Vital statistics of India. Vol. IV, Annual returns from 1871 to 1876. British Army of India, Native Army and jails of Bengal
Year: 1871
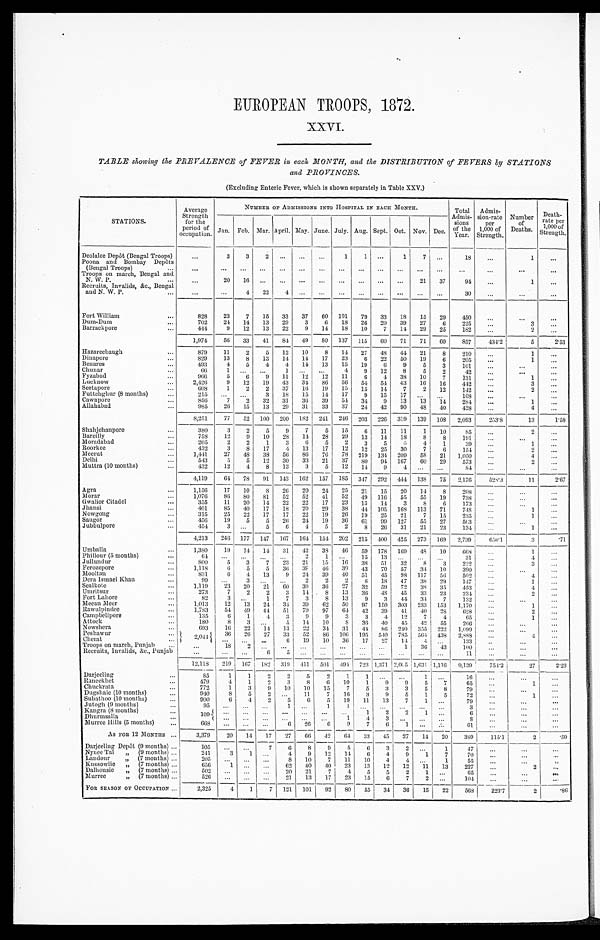
EUROPEAN TROOPS, 1872.
XXVI.
TABLE showing the PREVALENCE of FEVER in each MONTH, and the DISTRIBUTION of FEVERS by STATIONS
and PROVINCES.
(Excluding Enteric Fever, which is shown separately in Table XXV.)
STATIONS.
Average
Strength
for the
period of
occupation.
NUMBER OF ADMISSIONS INTO HOSPITAL IN EACH MONTH.
Total
Admis-
sions
of the
Year.
Admis-
sion-rate
per
1,000 of
Strength.
Number
of
Deaths.
D e a t h - r a t e p e r 1 , 0 0 0 o f
Strength.
Jan. Feb. Mar. April. May. June. July. Aug. Sept. Oct. Nov. Dec.
Deolalee Depôt (Bengal Troops)
...
3
3
2
. . .
. . .
. . .
1
1
. . .
1
7 ...
1 8
...
1
...
Poona and Bombay Depôts
(Bengal Troops)
...
...
... ... ...
... ... ... ... ... ...
...
... ...
...
...
. . .
...
Troops on march, Bengal and
N. W. P.
...
...
20 16
. . . . . .
...
... ... ... ... ...
21 37
94
...
1
...
Recruits, Invalids, &c., Bengal
and N. W. P.
...
...
. . .
4 22
4
. . .
... ... ... ... ... ...
...
30
. . .
...
...
Fort William
...
828
23
7 15 33 37 60 101 79 33 18 15 29
450
...
...
...
Dum-Dum
...
702
24 14 13 29
3
6 18 26 20 39 27
6
225
...
3
...
Barrackpore
...
444
9 12 13 22
9 14 18 10
7 14 29 25
182
...
2
. . .
1,974
56 33 41 84 49 80 137 115 60 71 71 60
857
434.2
5
2.53
Hazareebaugh
...
879
11
2
5 12 10
8 14 27 48 44 21
8
210
...
1
...
Dinapore
829
13
8 13 14 14 17 23
6 22 50 19
6
205
...
1
...
Benares
...
493
4
5
4
4 14 13 15 19
6
9
5
3
101
. . .
...
...
Chunar
...
66
1 ...
...
1 ... ...
4
9 12
8
5
2
42
. . .
. . .
...
Fyzabad
...
9 6 6
5
6
9 11 12 12 11
6
4 38 10
7
131
...
1
...
L u c k n o w
2 , 4 2 6
9 12 19 43 34 86 56 54 54 43 16 16
442
. . . 3
...
Seetapore
...
608
1
2
2 37 16 19 15 15 14
7
2 12
142
...
2
...
Futtehghur (8 months)
...
215 ... ...
3 18 15 14 17
9 15 17 ... ...
108
. . .
...
...
Cawnpore
...
856
7
2 32 31 36 39 54 34
9 13 13 14
284
...
1
...
Allahabad
985
26 15 13 29 31 33 37 24 42 90 48 40
428
. . . 4
...
8,251
77 52 100 200 182 241 246 203 226 319 139 108 2,093
2 5 3 . 8
13
1.58
Shahjehanpore
...
380
3
2
5
9
7
5 15
6 11 11
1 10
85
. . .
2
...
Bareilly
...
758
12
9 10 28 14 28 29 13 14 18
8
8
191
. . .
...
Moradabad
...
205
2
2
1
3
6
5
2
3
5
5
4
1
39
...
1
...
Roorkee
...
432
3
8 17
4
13 17 12 12 25 30
7
6
154
...
2
...
Meerut
...
1,441
27 48 38 56 86 76 78 219 134 209 58 21 1,050
. . . 4
. . .
Delhi
...
543
5
5 12 30 33 21 37 80 94 167 60 29
573
...
2
...
Muttra (10 months)
432
12
4
8 13
3
5 12 14
9
. . .
. . .
8 4
...
...
...
4 , 1 1 9
64 78
9 1
143 162 157 185 347 292 444 138 75 2,176
528.3
11
2.67
Agra
...
1,156
17 10
8 26 20 24 25 21 15 20 14
8
208
...
...
. . .
Morar
...
1,076
86 80 81 52 52 41 52 49 116 55 55 19
738
...
...
. . .
Gwalior Citadel
...
355
11 20 14 22 22 17 23 13 14
3
8
6
173
. . .
...
...
Jhansi
...
401
85 40 17 18 20 29 38 44 105 168 113 71
748
...
1
...
Nowgong
...
315
25 22 17 17 22 19 26 19 25 21
7 15
235
. . . 1
. . .
Saugor
...
456
19
5
5 26 24 19 36 61 99 127 55 27
503
...
...
...
Jubbulpore
454
3
. . .
5
6
4
5
2
8 26 31 21 23
134
...
1
...
4,213 246 177 147 167 164 154 202 215 400 425 273 169 2,739
6 5 0 . 1
3
.71
Umballa
...
1,380
19 14 14 31
4 2
38 46 59 178 169 48 10
668
. . . 1
Phillour (5 months)
...
64
. . .
. . .
. . .
. . .
2
1
. . .
15 13 ... ... ...
31
...
4
...
Jullundur
...
800
5
3
7 23 21 15 16 38 51 32
8
3
2 2 2 . . . 3
. . .
Ferozepore
...
1,118
6
5
5 36 39 46 39 43 70 57 34 10
390
...
...
...
...
Mooltan
831
6
4 13
9 24 39 40 51 45 98 117 56
5 0 2
...
4
...
Dera Ismael Khan
...
99 ...
3
. . .
. . .
2
2
2
6 18 47 38 29
147
...
1
...
Sealkote
...
1,119
23 20 21 60 30 36 27 32 59 72 38 35
453
...
4
. . .
Umritsur
...
273
7
2
2
3 14
8 13 36 48 45 33 23
234
. . . 2
...
Fort Lahore
...
82
3 ...
1
7
3
8
13
9
3 44 34
7
132
...
. . .
...
Meean Meer
...
1,013
12 13 24 34 39 62 50 97
1 5 0
303 233 153 1,170
. . . 1
...
Rawulpindee
...
1,783
54 49 44 51 79 97 64 42 39 41 40 28
628
. . . 2
...
Campbellpore
135
6
1
4
3
9
9
3
3
4 12
7
4
65
...
1
. . .
Attock
...
180
8
3
. . .
5 14 10
8
36 40 45 42 55
266
. . .
. . .
...
Nowshera
...
693
16 22 14 13 22 34 31 44 86 240 355 222
1 , 0 9 9
...
. . .
..
.
Peshawur
...
2 , 0 4 4
36 26 27 33 52 86 106 195 540 785 564 438 2,888
. . . 4
. . .
Cherat
. . .
... ...
6 19 10 36 17 27 14
4
. . .
133
. . .
...
...
Troops on march, Punjab ...
...
18
2
. . .
. . .
. . .
. . .
. . .
. . .
. . .
1 36 43
100
...
...
...
Recruits, Invalids, &c., Punjab
. . .
... ...
6
5
. . .
. . .
. . .
. . .
. . .
. . .
. . .
. . .
11
. . .
...
. . .
1 2 , 1 1 8
219 167 182 319 411 501 494 723 1,371 2,005 1,631 1,116
9 , 1 3 9
7 5 4 . 2
27
Darjeeling
...
85
1
1
2
2
5
2
1
1 ...
. . .
1
. . .
16
. . .
. . . . . .
Raneekhet
...
479
4
1
2
3
8
6 10
1
9
9
5
7
65
...
1
. . .
Chuckrata
...
772
1
3
9 10 10 15
7
5
3
3
5
8
79
...
...
...
Dugshaie (10 months)
...
940
8
5
2
. . .
11
7 16
3
9
5
1
5
72
. . . 1
. . .
Subathoo (10 months)
...
9 0 0
6
4
2
5
6
5 19 11 13
7
1
. . .
79
...
. . .
...
Jutogh (9 months)
...
95
. . .
...
. . .
1
. . .
1
1
. . .
. . .
. . .
. . .
. . .
3
...
...
...
Kangra (8 months)
...
109
. . .
.
.. ...
... ...
... ...
1
2
2
1
. . .
6
...
...
...
Dhurmsalla
...
. . . . . .
. . .
...
... ...
1
4
3
. . .
. . .
. . .
8
. . .
. . .
Murree Hills (5 months)
...
668
. . .
. . .
. . .
6 26
6
9
7
6
1
. . .
. . .
61
...
...
. . .
AS FOR 12 MONTHS ...
3 , 3 7 9
20 14 17 27 66 42 64 33 45 27 14 20
389
115.1
2
.59
Darjeeling Depôt (9 months) ...
105
. . .
...
7
6
8
9
5
6
3
2
. . .
1
47
. . .
...
...
Nynee Tal „ (9 months) ...
241
3
1
. . .
4
9 12 14
6
4
9
1
7
70
. . .
...
Landour
„ (7 months) ...
205
. . . . . .
...
8 10
7 11 10
4
4
. . .
1
55
...
...
. . .
Kussowlie „ (7 months) ...
656
1
. . .
. . .
62 40 40 23 13 12 12 11 13
227
. . . 2
. . .
Dalhousie „ (7 months) ...
502
. . .
. . .
. . .
20 21
7
4
5
5
2
1
. . .
65
...
. . .
Murree
„ (7 months) ...
526
... ... ...
21 13 17 23 15
6
7
2
. . .
104
...
...
FOR SEASON OF OCCUPATION ...
2,325
4
1
7
121 101 92
8 0
55 34 36 15 22
568
223.7
2 .86